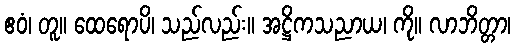
ဧဝံ၊ တူ။ ထေရောပိ၊ သည်လည်း။ အဋ္ဌိကသညာယ၊ ကို။ လာဘိတ္တာ၊